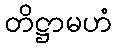
တိဋ္ဌာမဟံ